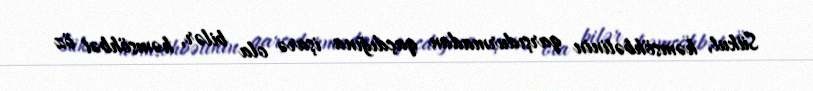
Sükut, həmsöhbətinin qarşıdurmadan qaçdığına işarə ola bilər, həmsöhbət öz